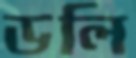
ডলি